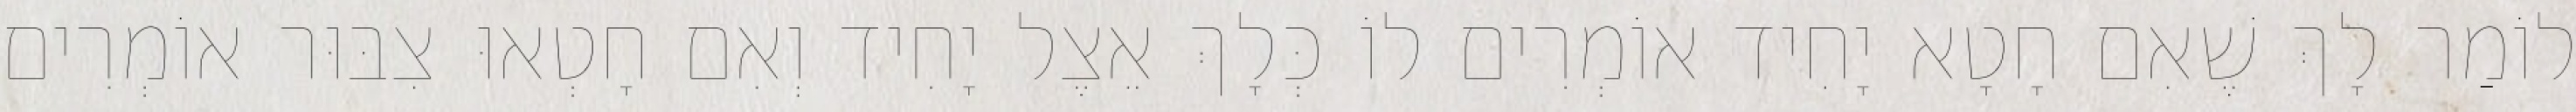
לוֹמַר לָךְ שֶׁאִם חָטָא יָחִיד אוֹמְרִים לוֹ כְּלָךְ אֵצֶל יָחִיד וְאִם חָטְאוּ צִבּוּר אוֹמְרִים